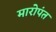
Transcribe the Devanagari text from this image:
मारोपंत